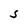
Character: S